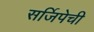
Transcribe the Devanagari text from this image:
सर्जिपेची